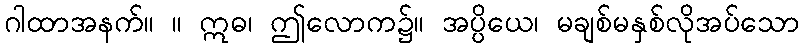
ဂါထာအနက်။ ။ ဣဓ၊ ဤလောက၌။ အပ္ပိယေ၊ မချစ်မနှစ်လိုအပ်သော